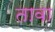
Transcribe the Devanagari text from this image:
तावा